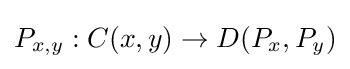
P_{x,y}:C(x,y)\to D(P_{x},P_{y})